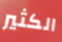
الكثير